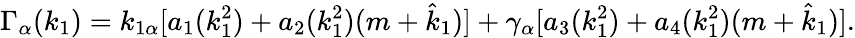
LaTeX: \Gamma_{\alpha}(k_{1})=k_{1\alpha}[a_{1}(k_{1}^{2})+a_{2}(k_{1}^{2})(m+\hat{k}_{1})]+\gamma_{\alpha}[a_{3}(k_{1}^{2})+a_{4}(k_{1}^{2})(m+\hat{k}_{1})].